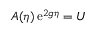
A ( \eta ) \, \mathrm { e } ^ { 2 g \eta } = U